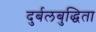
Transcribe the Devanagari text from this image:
दुर्बलबुद्धिता